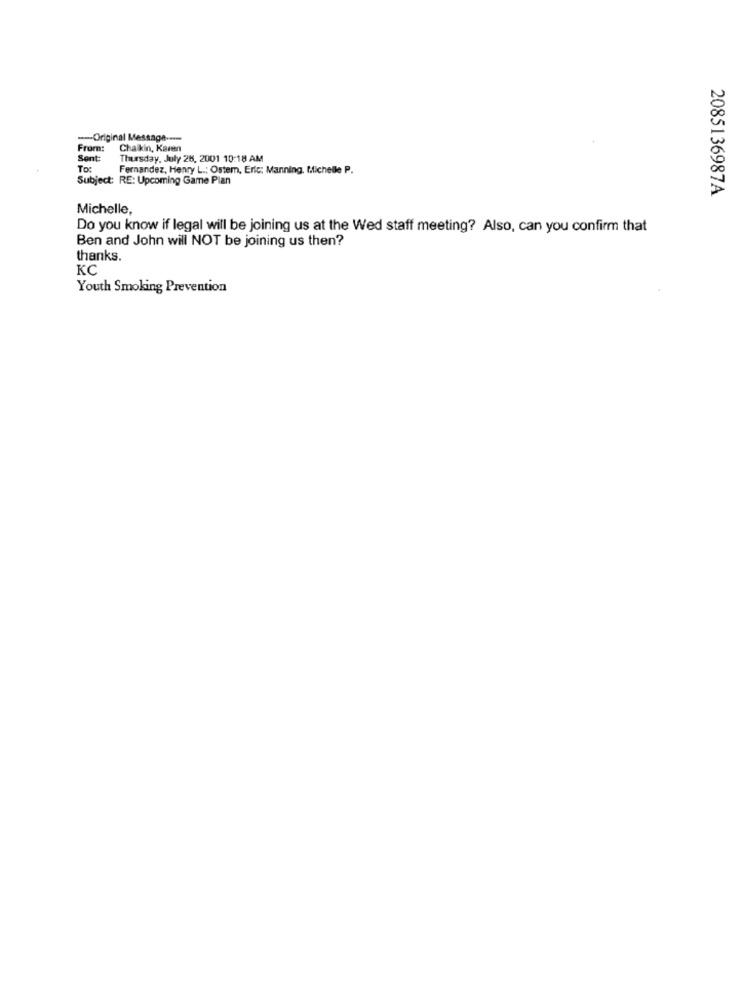
--- Original Message ----
From:
Chaikin, Karen
Sent:
Thursday, July 26, 2001 10:18 AM
To:
Fernandez, Henry L .: Ostem, Eric: Manning, Michelle P.
Subject: RE: Upcoming Game Plan
2085136987A
Michelle,
Do you know if legal will be joining us at the Wed staff meeting? Also, can you confirm that
Ben and John will NOT be joining us then?
thanks.
KC
Youth Smoking Prevention